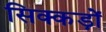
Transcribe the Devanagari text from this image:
सिक्कड़ों